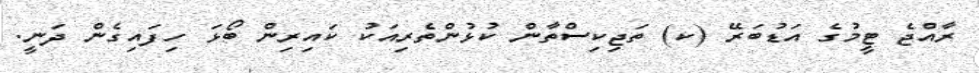
ރާއްޖެ ޓީމުގެ އަޑުބަރޭ (ކ) ތަޖިކިސްތާން ކުޅުންތެރިއަކު ކައިރިން ބޯޅަ ހިފައިގެން ދަނީ.